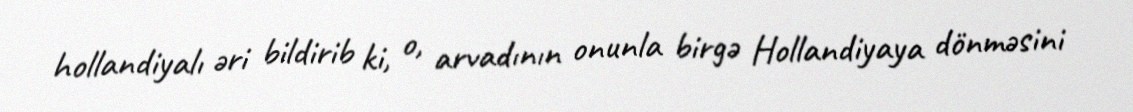
hollandiyalı əri bildirib ki, o, arvadının onunla birgə Hollandiyaya dönməsini